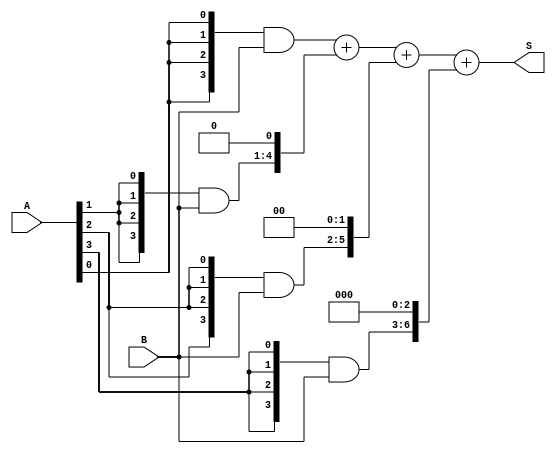
// 
module multiplier4(A, B, S);
    input [3:0] A, B;
    output [7:0] S;

    wire [3:0] t0, t1, t2, t3;

    // 
    assign t0 = {4{A[0]}} & B;
    assign t1 = {4{A[1]}} & B;
    assign t2 = {4{A[2]}} & B;
    assign t3 = {4{A[3]}} & B;

    // 
    assign S = t0 + {t1, 1'b0} + {t2, 2'b0} + {t3, 3'b0};

endmodule